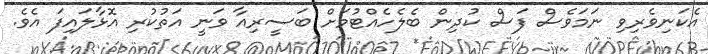
އެކަނިވެރިވި ނަމަވެސް ފަސް ކުދިން ބެލެހެއްޓުމަށް ބަސީރިއާ ވަނީ އަތުކުރި އޮޅާލައިފަ އެވެ.